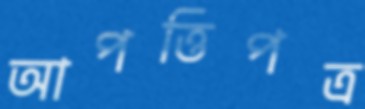
আপত্তিপত্র